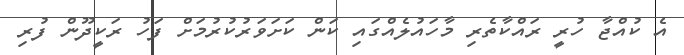
އެ ކުއްޖާ ހުރީ ރައްކާތެރި މާހައުލެއްގައި ކަން ކަށަވަރުކުރުމަށް ފަހު ރަކީދޫން ފުރި